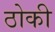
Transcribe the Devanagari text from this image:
ठोकी